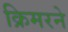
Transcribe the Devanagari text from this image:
क्रिमरने